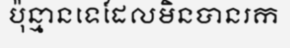
ប៉ុន្មានទេដែលមិនបានរក